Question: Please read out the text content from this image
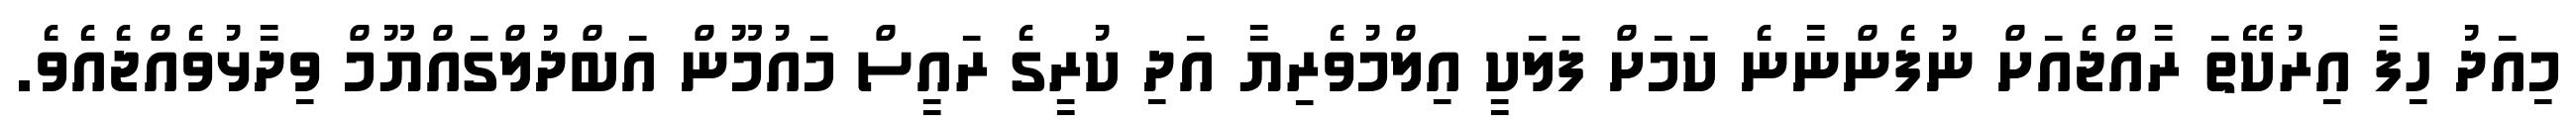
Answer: މިއަދު ހިފާ އިރުކޭތަ ރާއްޖެއަށް ނުފެންނާނެ ކަމަށް ފަލަކީ އިލްމުވެރިޔާ އަދި ކުރީގެ ރައީސް މައުމޫން އަބްދުލްގައްޔޫމް ވިދާޅުވެއްޖެއެވެ.